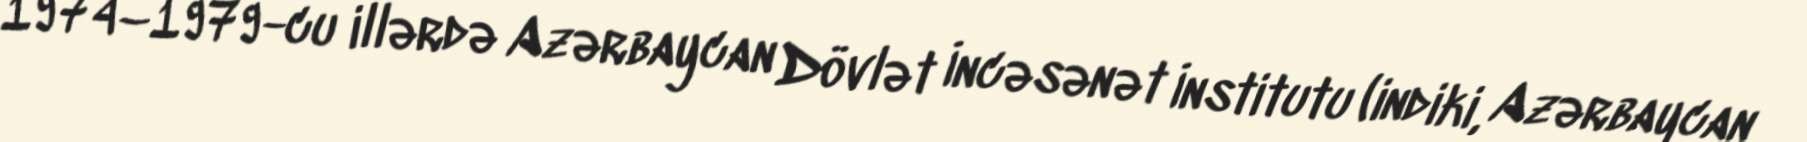
1974–1979-cu illərdə Azərbaycan Dövlət İncəsənət İnstitutu (indiki, Azərbaycan